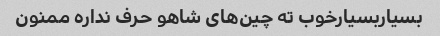
بسیاربسیارخوب ته چین‌های شاهو حرف نداره ممنون